Calcutta medical institutions reports 1871-78
Year: 1871
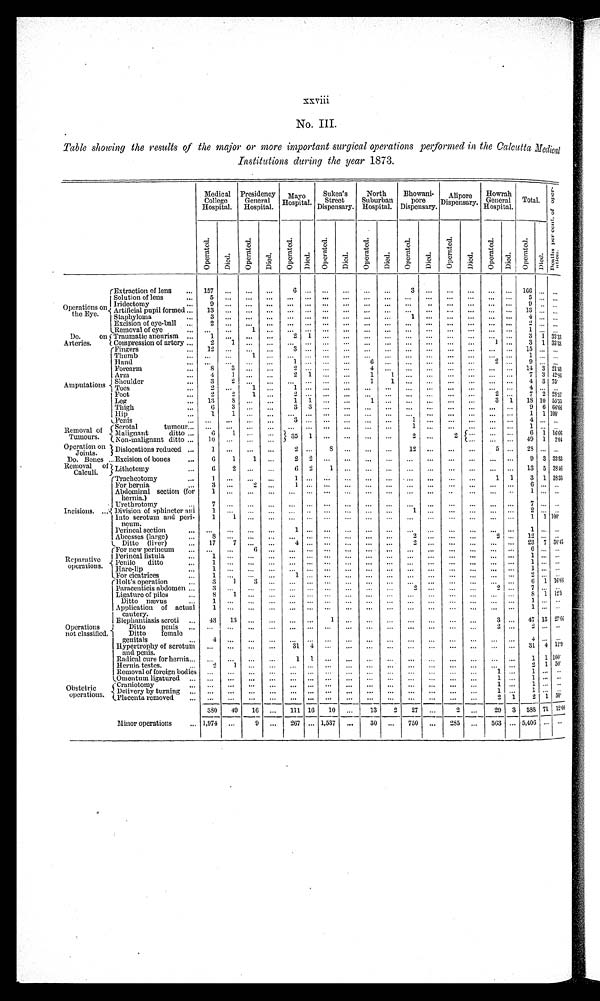
xxviii
No. III.
Table showing the results of the major or more important surgical operations performed in the Calcutta Medical
Institutions during the year 1873.
Medical
College
Hospital.
Presidency
General
Hospital.
Mayo
Hospital.
Sukea's
Street
Dispensary.
North
Suburban
Hospital.
Bhowani-
pore
Dispensary.
Alipore
Dispensary.
Howrah
General
Hospital.
T o t a l .
D e a t h s p e r c e n t . o f o p e r -
ation.
O p e r a t e d .
D i e d .
O p e r a t e d .
D i e d .
Op e r a t e d .
Di e d .
Ope r a t e d.
D i e d .
Oper at ed.
Di ed.
Oper at ed.
Di ed.
O p e r a t e d .
D i e d .
O p e r a t e d .
D i e d .
O p e r a t e d .
D i e d .
Operations
o n
t h e E y e .
Extraction of lens
157 ...
...
...
6
... ...
. . .
...
...
3
...
. . .
. . .
. . .
. . .
1 6 6 . . .
...
Solution of lens
5
. . .
. . .
. . .
...
... ...
. . .
...
...
...
...
. . .
. . .
. . .
. . .
5 . . .
...
Iridectomy
9 ...
...
...
... ... ...
...
...
...
...
..
...
...
... ..
9
. . .
...
Artificial pupil formed
13 ...
...
...
... ... ...
...
...
...
...
...
...
...
... ...
13
. . . ...
Staphyloma
3
. . .
. . .
. . .
...
... ...
. . .
...
...
1 ...
. . .
. . .
. . .
. . .
4 . . .
...
Excision of eye-ball
2
. . .
. . .
. . .
...
... ...
. . .
...
...
...
...
. . .
. . .
. . .
. . .
2 ... ...
Removal of eye
...
...
1 ...
... ... ...
...
...
...
...
...
...
...
...
. . .
1
. . .
...
Do.
on
Arteries.
Traumatic aneurism
1
...
...
... 2
1 ...
. . .
...
...
...
...
...
...
... ...
3 1 33.33
Compression of artery ...
2
1 ...
...
... ... ...
...
...
...
...
...
...
...
1
. . .
3 1 33.33
Amputations
Fingers
1 2
. . .
. . .
. . . 3 ... ...
. . .
...
...
...
...
. . .
. . .
. . .
. . .
1 5 . . .
...
Thumb
...
...
1
. . .
. . .
... ...
. . .
...
...
...
...
. . .
. . .
. . .
. . .
1 . . .
...
Hand
...
...
...
...
1 ... ...
. . . 6 ...
...
...
...
...
2
. . .
9 . . .
...
Forearm
8
3 ...
...
2
4 ...
...
...
...
...
... ...
1 4 3 21.43
Arm
4
1
...
...
2 1 ...
...
1 1
...
...
. . .
. . .
. . .
. . . 7 3 42.86
Shoulder
3
2 ...
...
... ... ...
...
1 1
...
...
...
...
... ...
4 3 75.
Toes
2
. . . 1 ... 1
... ...
. . .
...
...
...
...
...
...
... ...
4 . . .
...
Foot
2
2
1 ...
2 ... ...
. . .
...
...
...
...
...
...
2
. . . 7 2 28.57
Leg
13
8
. . .
. . . 1 1 ...
... 1
...
...
...
. . .
. . .
3 1
18 10 55.55
Thigh
6
3
. . .
. . .
3 3 ...
. . .
...
...
...
...
. . .
. . .
. . .
. . . 9 6 66.66
Hip
1
1
. . .
. . .
. . .
... ...
. . .
...
...
...
...
. . .
. . .
. . .
. . . 1 1 100.
Penis
. . .
. . .
. . . ...
3 ... ...
. . .
...
...
1 ...
...
...
...
. . .
4
. . .
...
Removal of
Tumours.
Scrotal tumour
. . .
. . .
. . .
. . .
. . .
... ...
. . .
...
...
1
...
. . .
. . .
. . .
. . .
1 . . .
...
Malignant
ditto
6
1 ...
. . .
3 5
1 ...
. . .
...
...
2
...
2
. . .
. . .
. . .
6 1 16.66
Non-malignant ditto
10 ...
...
...
. . .
. . .
. . . 49 1 2.04
Operation on
Joints.
Dislocations reduced
1
. . .
. . .
. . .
2 ...
8 ...
...
... 12
...
. . .
. . .
5
. . .
2 8 . . .
. . .
Do. Bones
E x c i s i o n o f b o n e s
6
1
1
. . .
2 2 ...
. . .
...
...
...
...
. . .
. . .
. . .
. . . 9 3 33.33
Removal of
Calculi.
L i t h o t o m y
6
2
. . .
. . .
6 2
1 ...
...
...
...
...
...
...
... ...
13 5 38.46
Incisions.
Tracheotomy
1
. . .
. . .
. . .
1 ... ...
. . .
...
...
...
...
. . .
. . .
1 1
3 1 38.33
For hernia
3 ...
2 ...
1 ... ...
. . . ...
...
...
...
...
. . . ... ...
6 . . .
...
Abdominal section (for
hernia.)
1 ...
...
...
... ... ...
...
...
...
...
...
. . .
. . .
. . .
. . .
1
. . .
...
Urethrotomy
7 ...
...
...
... ... ...
...
...
...
...
...
...
...
... ...
7
. . .
...
Division of sphincter ani
1 ...
...
...
... ... ...
...
...
...
1 ...
...
...
... ...
2 . . .
...
Into scrotum and peri
-neum.
1
1
. . .
. . . ... ... ...
. . . ...
...
...
...
. . .
. . .
. . .
. . .
1 1 100.
Perineal section
...
...
...
... 1
... ...
. . .
...
...
...
...
. . .
. . .
. . .
. . .
1
. . .
...
Abcesses (large)
8
. . .
. . .
. . .
...
... ...
. . .
...
...
2 ...
. . .
. . .
2
. . . 12
. . .
...
Ditto (liver)
17
7 ...
... 4
... ...
. . .
...
...
2
...
. . .
. . .
... ...
23 7 30.43
Reparative
operations.
For new perineum
...
...
6
. . .
...
... ...
. . .
...
...
...
...
. . .
. . .
. . .
. . .
6 . . .
...
Perineal fistula
1
. . .
. . .
. . .
...
... ...
. . .
...
...
...
...
. . .
. . .
. . .
. . .
1 . . .
...
Penile
ditto
1
. . .
. . .
. . .
...
... ...
. . .
...
...
...
...
. . .
. . .
. . .
. . .
1 . . .
...
Hare-lip
1
. . .
. . .
. . .
...
... ...
. . .
...
...
...
...
. . .
. . .
. . .
. . .
1 . . .
...
For cicatrices
1 ...
...
... 1
... ...
. . .
...
...
...
...
. . .
. . .
. . .
. . .
2 . . .
...
Operations
not classified.
Holt's operation
3
1
3
. . .
...
... ...
. . .
...
...
...
...
. . .
. . .
. . .
. . .
6 1 16.66
Paracenticis abdomen
3
. . .
. . .
. . .
...
... ...
. . .
...
...
2
...
. . .
. . .
2
. . .
7 . . .
...
Ligature of piles
8
1 ...
...
... ... ...
...
...
...
...
...
...
...
... ...
8 1 12.5
Ditto nævus
1
. . .
. . .
. . .
...
... ...
. . .
...
...
...
...
...
...
...
. . .
1
. . .
. . .
Application of actual
cautery.
1
. . .
. . .
. . .
...
... ...
. . .
...
...
...
...
...
...
...
. . .
1
. . .
. . .
Elephantiasis scroti
43
1 3 ...
...
... ...
1 ...
...
...
...
...
...
...
3 ...
47 13 27.66
Ditto
penis
...
...
...
...
... ... ...
...
...
...
...
...
. . .
. . .
2
. . .
2 . . .
. . .
Ditto
female
genitals
4
. . .
. . .
. . .
...
... ...
. . .
...
...
...
...
. . .
. . .
. . .
. . .
4 . . .
. . .
Hypertrophy of scrotum
and penis.
...
...
...
... 31 4 ...
. . .
...
...
...
...
. . .
. . .
. . .
. . .
3 1 4
1 2 . 9
Radical cure for hernia
...
...
...
... 1
1 ...
. . .
...
...
...
...
...
...
... ...
1 1 100.
Hernia testes.
2
1
...
...
... ... ...
...
...
...
...
...
...
...
... ...
2 1 50.
Removal of foreign bodies ...
...
...
...
... ... ...
...
...
...
...
...
...
...
1 ...
1 . . .
. . .
Omentum ligatured ...
...
...
...
... ... ...
...
...
...
...
...
...
...
1 ...
1 . . .
. . .
Obstetric
operations.
Craniotomy
...
...
...
...
... ... ...
...
...
...
...
...
...
...
1
. . .
1 . . .
. . .
Delivery by turning
...
...
...
...
... ... ...
...
...
...
...
...
. . . ...
1 ...
1 . . .
. . .
Placenta removed
. . . ...
...
...
... ... ...
...
...
...
...
...
...
...
2 1
2 1 50.
3 8 0
4 9 16 ...
111 16
10
. . .
13
2 27
. . .
2
. . .
2 9
3
5 8 8
71 12.08
Minor operations
1,974 ...
9 ...
267 ... 1,537 ...
30 ...
750 ...
285 ...
563 ... 5,406 ...
. . .